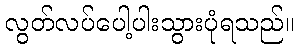
လွတ်လပ်ပေါ့ပါးသွားပုံရသည်။